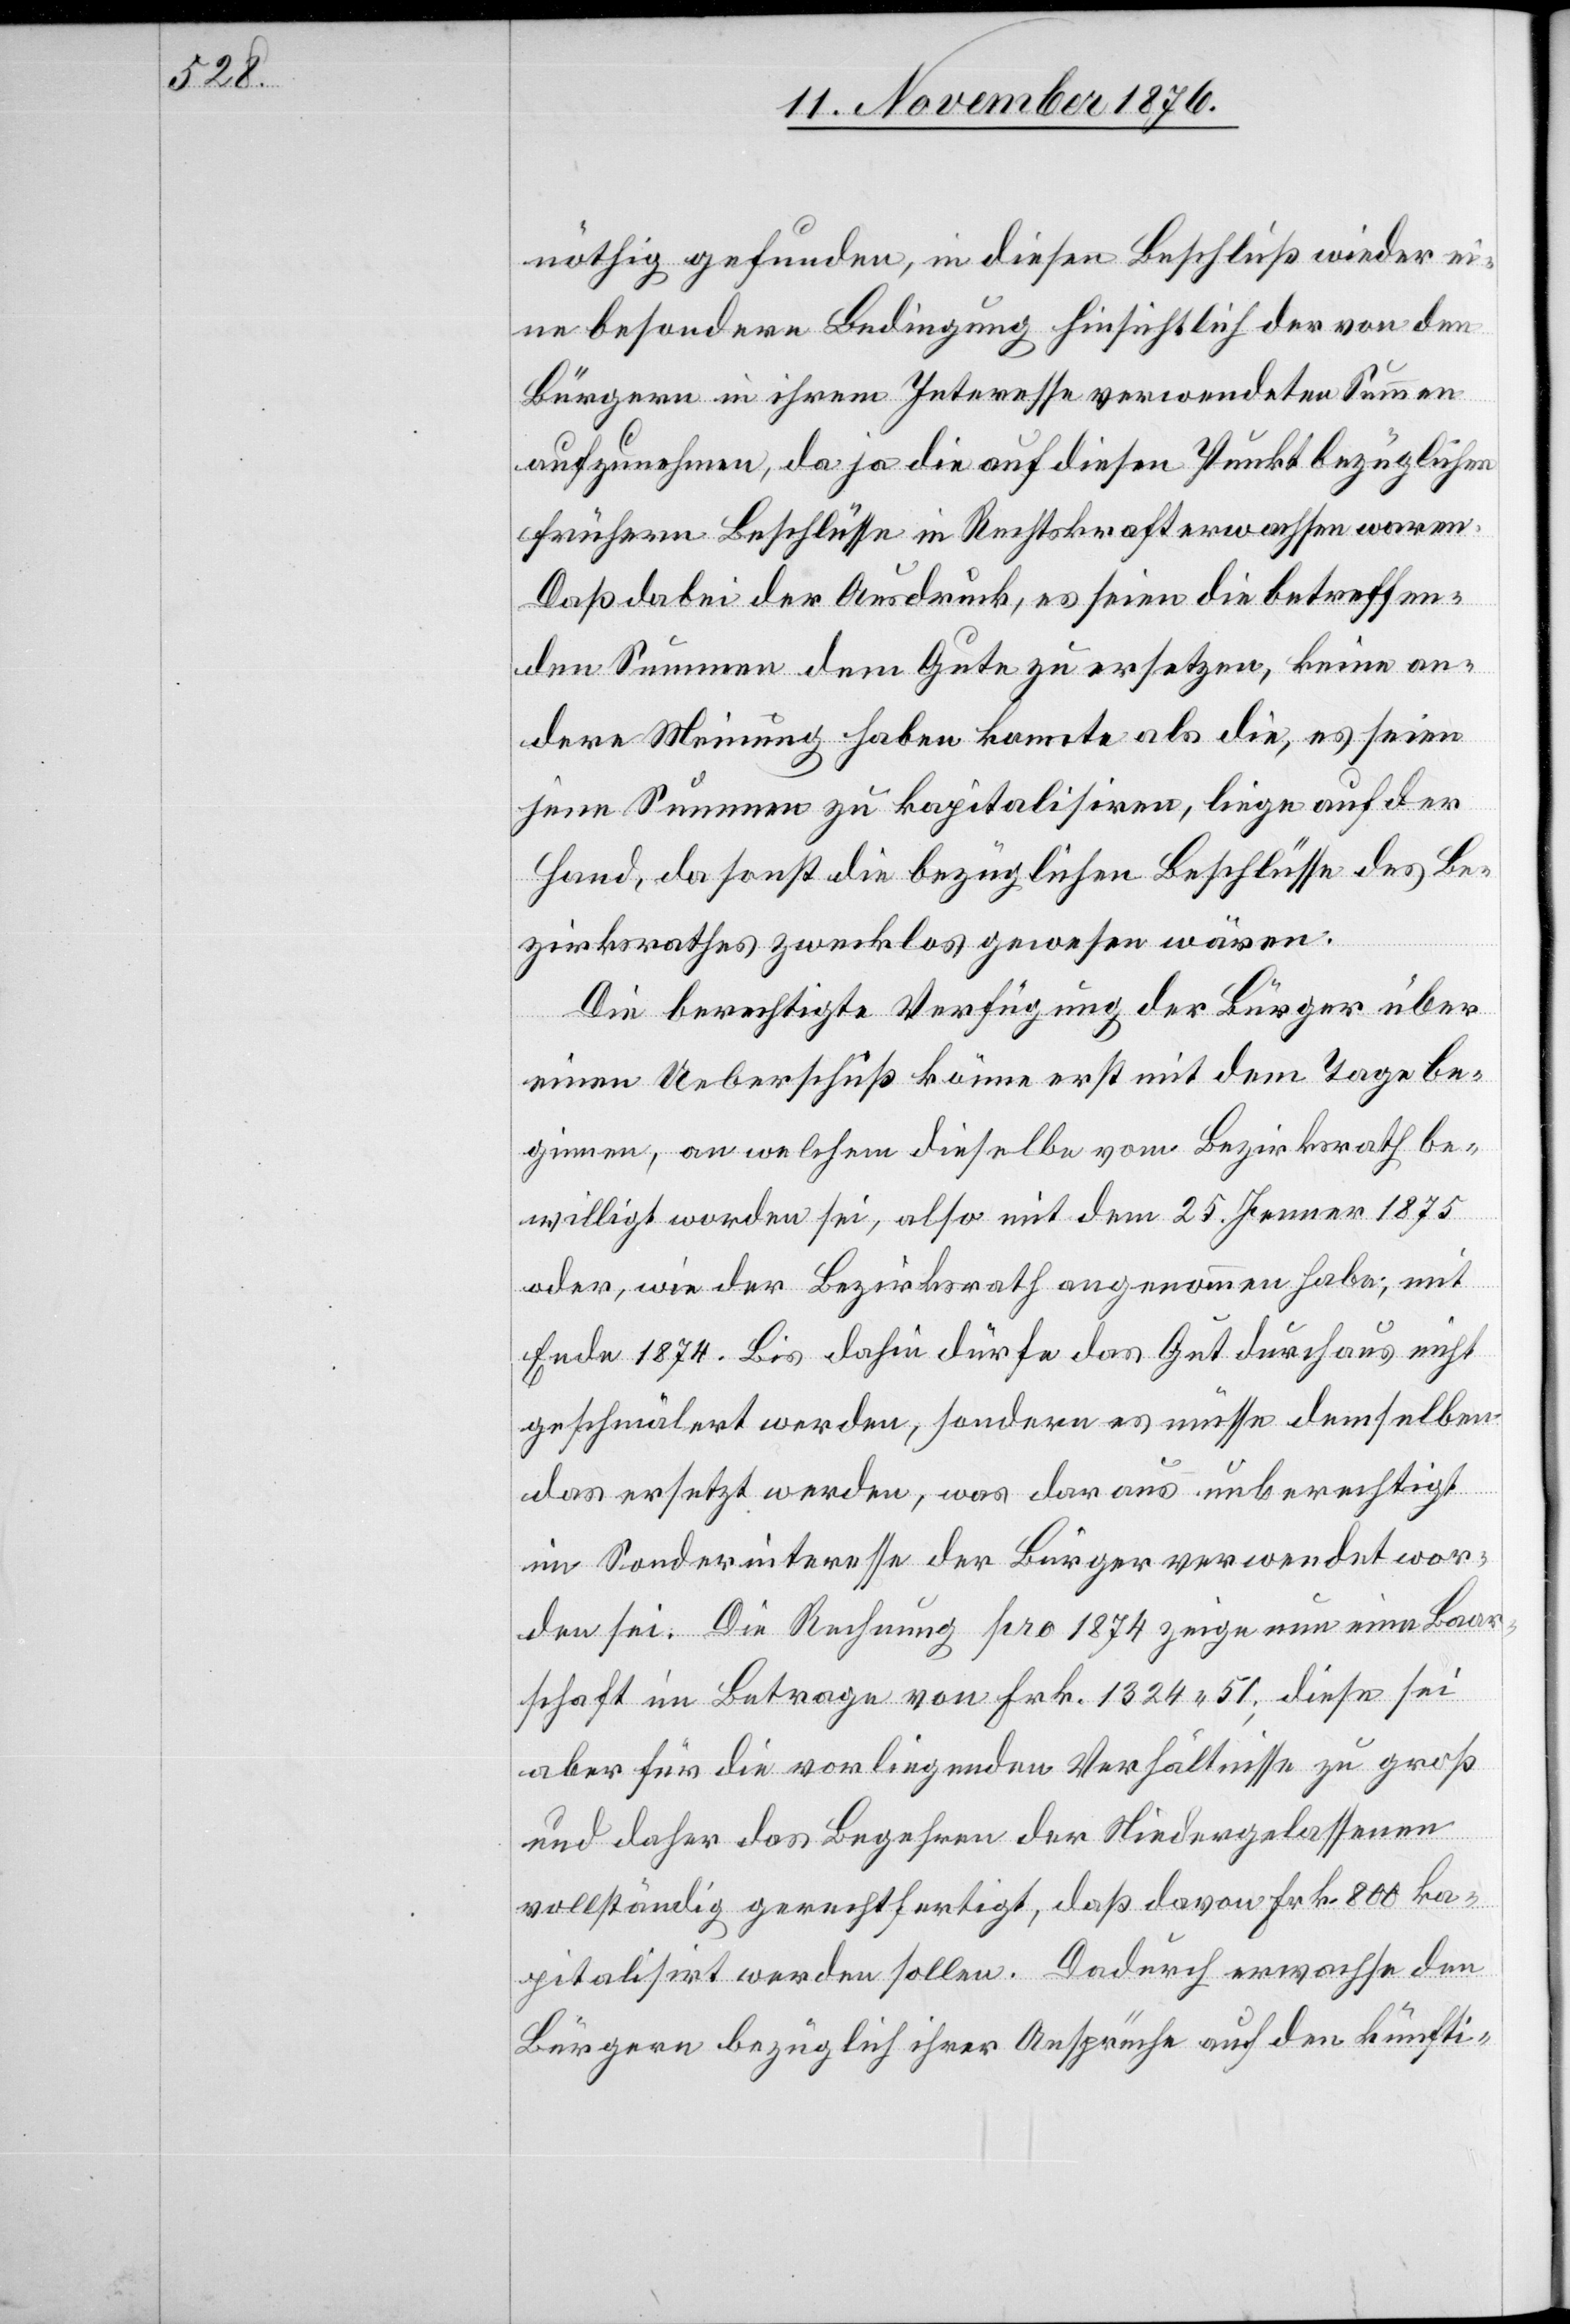
nöthig gefunden, in diesen Beschluß wieder ei¬
ne besondere Bedingung hinsichtlich der von den
Bürgern in ihrem Interesse verwendeten Summen
aufzunehmen, da ja die auf diesen Punkt bezüglichen
frühern Beschlüsse in Rechtskraft erwachsen waren.
Daß dabei der Ausdruck, es seien die betreffen¬
den Summen dem Gute zu ersetzen, keine an¬
dere Meinung haben konnte als die, es seien
jene Summen zu kapitalisiren, liege auf der
Hand, da sonst die bezüglichen Beschlüsse des Be¬
zirksrathes zwecklos gewesen wären.
Die berechtigte Verfügung der Bürger über
einen Ueberschuß könne erst mit dem Tage be¬
ginnen, an welchem dieselbe vom Bezirksrath be¬
willigt worden sei, also mit dem 25. Jenner 1875
oder, wie der Bezirksrath angenommen habe, mit
Ende 1874. Bis dahin dürfte das Gut durchaus nicht
geschmälert werden, sondern es müsse demselben
das ersetzt werden, was daraus unberechtigt
im Sonderinteresse der Bürger verwendet wor¬
den sei. Die Rechnung pro 1874 zeige nun eine Baar¬
schaft im Betrage von Frk. 1324 51; diese sei
aber für die vorliegenden Verhältnisse zu groß
und daher das Begehren der Niedergelassenen
vollständig gerechtfertigt, das davon Frk. 800 ka¬
pitalisirt werden sollen. Dadurch erwachse den
Bürgern bezüglich ihrer Ansprüche auf den künfti-